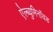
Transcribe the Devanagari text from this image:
ऐल्ब्युमिनॉयड